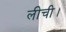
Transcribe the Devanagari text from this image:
लीची।